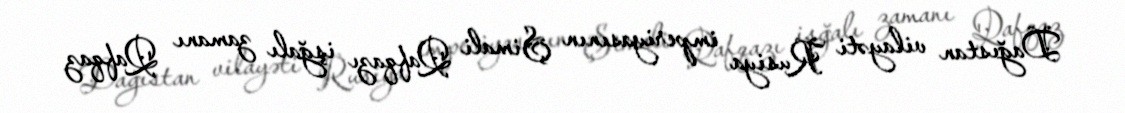
Dağıstan vilayəti Rusiya imperiyasının Şimali Qafqazı işğalı zamanı Qafqaz